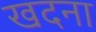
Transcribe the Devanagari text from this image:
खदना